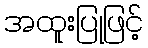
အထူးပြုဖြင့်